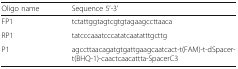
<table><thead><tr><td><b>Oligo name</b></td><td><b>Sequence 5’-3’</b></td></tr></thead><tbody><tr><td>FP1</td><td>tctattggtagtcgtgtagaagccttaaca</td></tr><tr><td>RP1</td><td>tatcccaaatcccatatcaatatttgcttg</td></tr><tr><td>P1</td><td>agccttaacagatgtgattgaagcaatcact-t(FAM)-t-dSpacer-t(BHQ-1)-caactcaacattta-SpacerC3</td></tr></tbody></table>